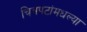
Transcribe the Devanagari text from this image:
चित्रपटांमधल्या